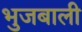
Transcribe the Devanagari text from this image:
भुजबाली